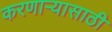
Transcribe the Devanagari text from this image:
करणाऱ्यासाठी